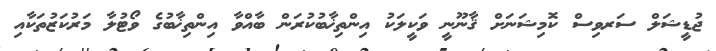
ޖުޑީޝަލް ސަރވިސް ކޮމިޝަނަށް ޤާނޫނީ ވަކީލަކު އިންތިޚާބުކުރަން ބާއްވާ އިންތިޚާބުގެ ވޯޓުލާ މަރުކަޒުތަކާއި